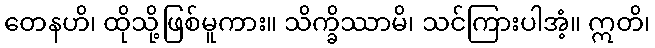
တေနဟိ၊ ထိုသို့ဖြစ်မူကား။ သိက္ခိဿာမိ၊ သင်ကြားပါအံ့။ ဣတိ၊